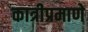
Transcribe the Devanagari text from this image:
कात्रीप्रमाणे